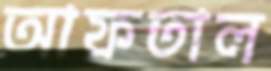
আফতাল